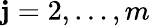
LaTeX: \mathbf{j}=2,\dots,m